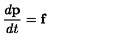
\frac { d { \bf p } } { d t } = { \bf f }